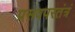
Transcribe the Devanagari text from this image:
प्रसवपरतंत्रं